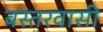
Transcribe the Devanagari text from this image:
बस्तरवासी